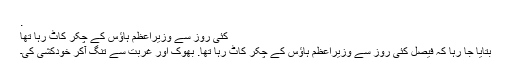
.
کئی روز سے وزیراعظم ہاؤس کے چکر کاٹ رہا تھا
بتایا جا رہا کہ فیصل کئی روز سے وزیراعظم ہاؤس کے چکر کاٹ رہا تھا. بھوک اور غربت سے تنگ آکر خودکشی کی۔